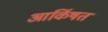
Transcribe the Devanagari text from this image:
आर्किषत